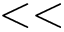
< <